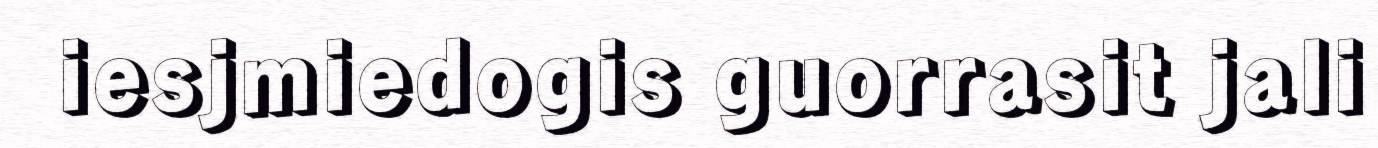
iesjmiedogis guorrasit jali